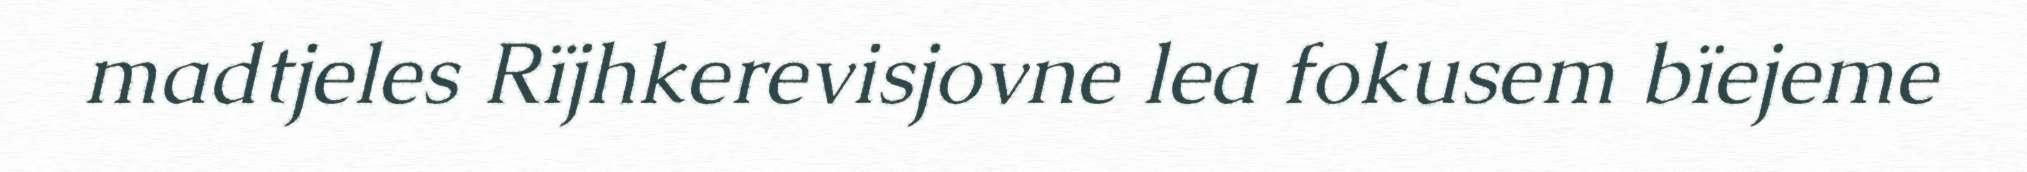
madtjeles Rïjhkerevisjovne lea fokusem bïejeme